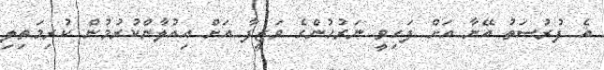
އެ ފުރުސަތު އޭނާ އަށް ފަހިވީ ނަރުހުންގެ ވަޒީފާ އަށް އިއުލާންކުރުމުން ކުރިމަތިލި